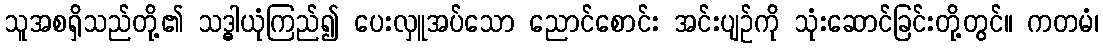
သူအစရှိသည်တို့၏ သဒ္ဓါယုံကြည်၍ ပေးလှူအပ်သော ညောင်စောင်း အင်းပျဉ်ကို သုံးဆောင်ခြင်းတို့တွင်။ ကတမံ၊